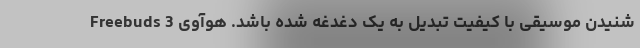
شنیدن موسیقی با کیفیت تبدیل به یک دغدغه شده باشد. هوآوی Freebuds 3